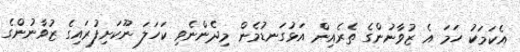
އެކަމަކު ހަމަ އެ ޒުވާނުންގެ ތެރެއިން އަޅުގަނޑުމެން މިދެންނެވި ކަހަލަ ނޫކަށިފުރައިގެ ޒުވާނުންގެ